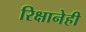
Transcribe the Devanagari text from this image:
रिक्षानेही